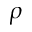
\rho